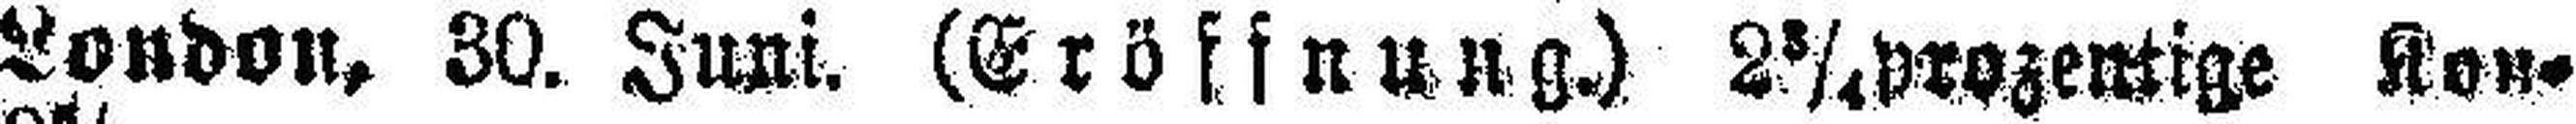
London, 30. Juni. (Eröffnung.) 2¾ prozentige Kon¬